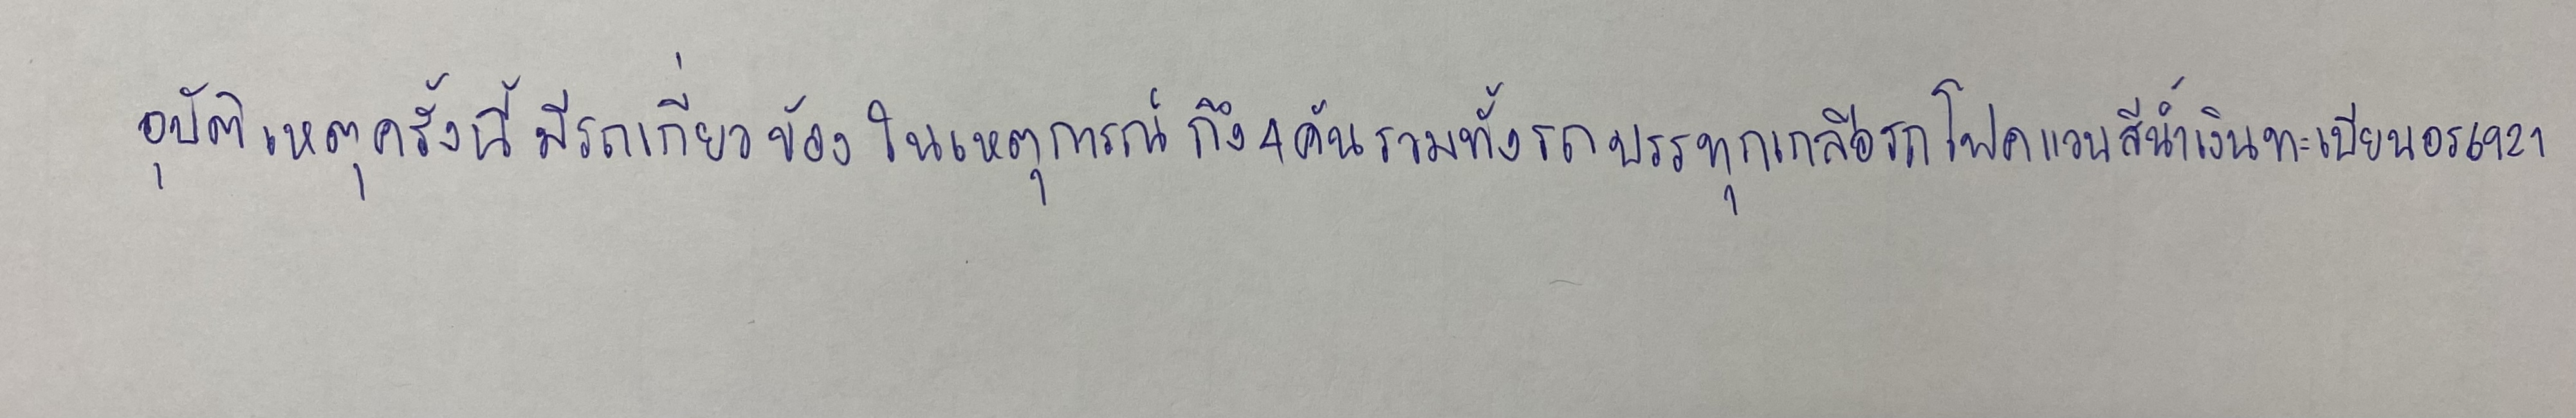
อุบัติเหตุครั้งนี้มีรถเกี่ยวข้องในเหตุการณ์ถึง4คันรวมทั้งรถบรรทุกเกลือรถโฟคแวนสีน้ำเงินทะเบียนอร6921